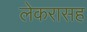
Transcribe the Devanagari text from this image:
लेकरासह